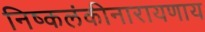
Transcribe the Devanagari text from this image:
निष्कलंकीनारायणाय